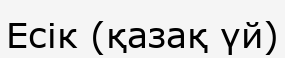
Есік (қазақ үй)